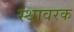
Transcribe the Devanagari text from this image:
स्थावरक